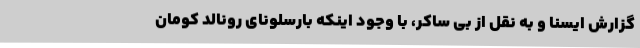
گزارش ایسنا و به نقل از بی ساکر، با وجود اینکه بارسلونای رونالد کومان